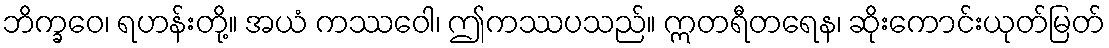
ဘိက္ခဝေ၊ ရဟန်းတို့။ အယံ ကဿဝေါ၊ ဤကဿပသည်။ ဣတရီတရေန၊ ဆိုးကောင်းယုတ်မြတ်